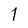
Character: 1